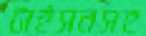
টাইসনসহ